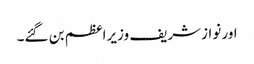
اور نوازشریف وزیراعظم بن گئے۔